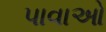
પાવાઓ